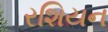
રશિયન